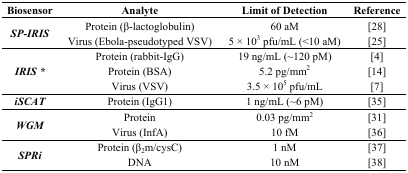
| Biosensor | Analyte | Limit of Detection | Reference |
 | --- | --- | --- | --- |
 | <ROWSPAN=2> SP-IRIS | Protein (β-lactoglobulin) | 60 aM | [28] |
 | Virus (Ebola-pseudotyped VSV) | 5 × 103 pfu/mL (<10 aM) | [25] |
 | <ROWSPAN=3> IRIS * | Protein (rabbit-IgG) | 19 ng/mL (~120 pM) | [4] |
 | Protein (BSA) | 5.2 pg/mm2 | [14] |
 | Virus (VSV) | 3.5 × 105 pfu/mL | [7] |
 | iSCAT | Protein (IgG1) | 1 ng/mL (~6 pM) | [35] |
 | <ROWSPAN=2> WGM | Protein | 0.03 pg/mm2 | [31] |
 | Virus (InfA) | 10 fM | [36] |
 | <ROWSPAN=2> SPRi | Protein (β2m/cysC) | 1 nM | [37] |
 | DNA | 10 nM | [38] |